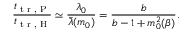
\frac { t _ { \tiny { \textrm { t r , P } } } } { t _ { \tiny { \textrm { t r , H } } } } \simeq \frac { \lambda _ { 0 } } { \tilde { \lambda } ( m _ { 0 } ) } = \frac { b } { b - 1 + m _ { 0 } ^ { 2 } ( \beta ) } .